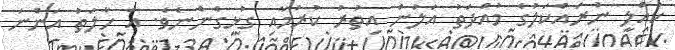
ކުއްލި ނުރައްކަލުގެ މުއްދަތު އަލުން އިތުރު ކުރުމާއި ގުޅިގެންނެވެ. އެ ހާލަތު އަންނަ